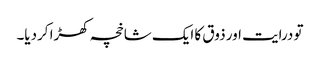
تو درایت اور ذوق کا ایک شاخچہ کھڑا کردیا۔